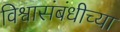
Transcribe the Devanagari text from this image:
विश्वासंबंधीच्या